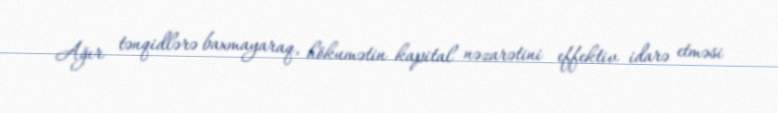
Ağır tənqidlərə baxmayaraq, hökumətin kapital nəzarətini effektiv idarə etməsi